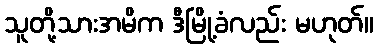
သူတို့သားအမိက ဒီမြို့ခံလည်း မဟုတ်။